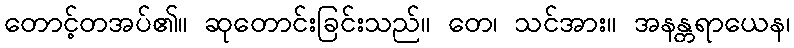
တောင့်တအပ်၏။ ဆုတောင်းခြင်းသည်။ တေ၊ သင်အား။ အနန္တရာယေန၊